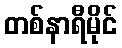
တစ်နာရီမိုင်